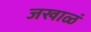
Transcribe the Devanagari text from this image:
जखाळं